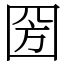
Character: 圀